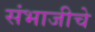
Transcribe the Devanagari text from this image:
संभाजीचे